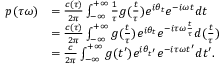
\begin{array} { r l } { p ( \tau \omega ) } & { = \frac { c ( \tau ) } { 2 \pi } \int _ { - \infty } ^ { + \infty } \frac { 1 } { \tau } g ( \frac { t } { \tau } ) e ^ { i \theta _ { t } } e ^ { - i \omega t } d t } \\ & { = \frac { c ( \tau ) } { 2 \pi } \int _ { - \infty } ^ { + \infty } g ( \frac { t } { \tau } ) e ^ { i \theta _ { t } } e ^ { - i \tau \omega \frac { t } { \tau } } d ( \frac { t } { \tau } ) } \\ & { = \frac { c } { 2 \pi } \int _ { - \infty } ^ { + \infty } g ( t ^ { \prime } ) e ^ { i \theta _ { t ^ { \prime } } } e ^ { - i \tau \omega t ^ { \prime } } d t ^ { \prime } . } \end{array}